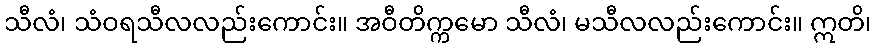
သီလံ၊ သံဝရသီလလည်းကောင်း။ အဝီတိက္ကမော သီလံ၊ မသီလလည်းကောင်း။ ဣတိ၊